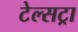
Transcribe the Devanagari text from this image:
टेल्‍सट्रा